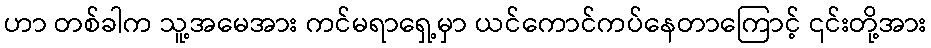
ဟာ တစ်ခါက သူ့အမေအား ကင်မရာရှေ့မှာ ယင်ကောင်ကပ်နေတာကြောင့် ၎င်းတို့အား